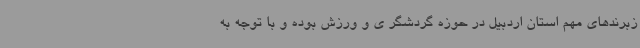
زبرندهای مهم استان اردبیل در حوزه گردشگر ی و ورزش بوده و با توجه به